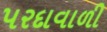
પરદાવાળી